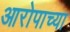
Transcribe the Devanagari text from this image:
आरोपाच्या